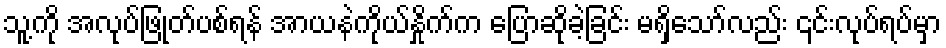
သူ့ကို အလုပ်ဖြုတ်ပစ်ရန် အာယနဲကိုယ်နှိုက်က ပြောဆိုခဲ့ခြင်း မရှိသော်လည်း ၎င်းလုပ်ရပ်မှာ